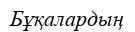
Бұқалардың